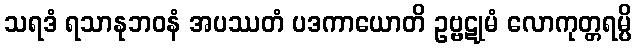
သရဒံ ရသာနုဘဝနံ အပဿတံ ပဒကာယောတိ ဥဗ္ဗဋုမံ လောကုတ္တရမ္ပိ